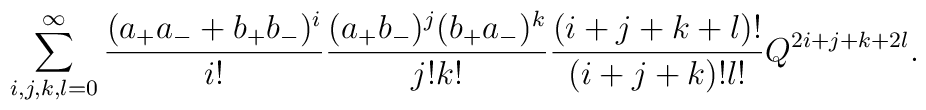
\sum_{i,j,k,l=0}^\infty \frac{(a_+a_-+b_+b_-)^i}{i!} \frac{(a_+b_-)^j(b_+a_-)^k}{j!k!} \frac{(i+j+k+l)!}{(i+j+k)!l!}Q^{2i+j+k+2l}.